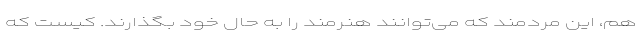
هم، این مردمند که می‌توانند هنرمند را به حال خود بگذارند. کیست که